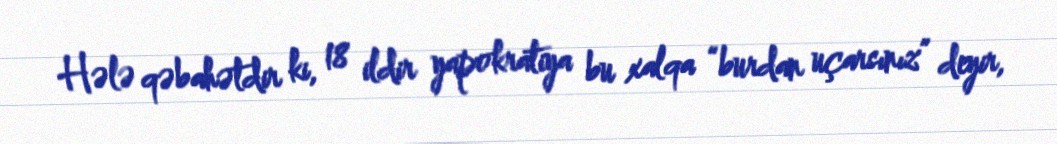
Hələ qəbahətdir ki, 18 ildir yapokratiya bu xalqa “burdan uçarsınız” deyir,